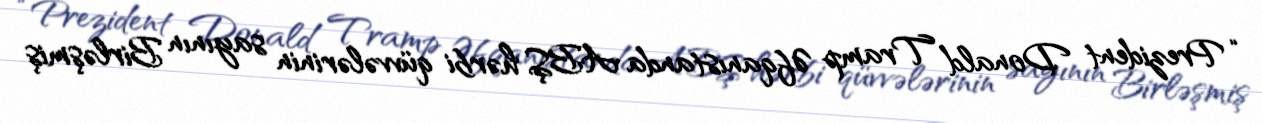
“Prezident Donald Tramp Əfqanıstanda ABŞ hərbi qüvvələrinin sayının Birləşmiş